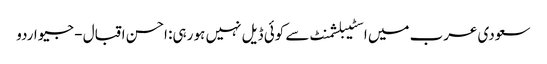
سعودی عرب میں اسٹیبلشمنٹ سے کوئی ڈیل نہیں ہو رہی: احسن اقبال - جیو اردو